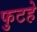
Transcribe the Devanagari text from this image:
फुटहे